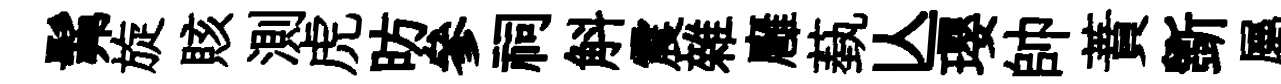
髴旋賅測虎昉參祠斛震雜廱蓺亾瓔帥蕡斵屬